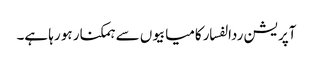
آپریشن ردالفسار کامیابیوں سے ہمکنار ہو رہا ہے۔